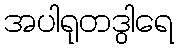
အပါရုတဒွါရေ